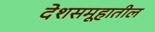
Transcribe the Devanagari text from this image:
देशसमूहातील